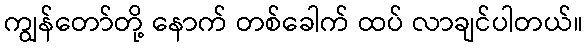
ကျွန်တော်တို့ နောက် တစ်ခေါက် ထပ် လာချင်ပါတယ်။